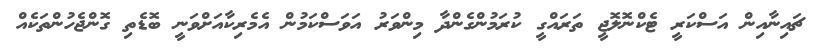
ޗައިނާއިން އަސްކަރީ ޓެކްނޮލޮޖީ ތަރައްގީ ކުރަމުންގެންދާ މިންވަރު އަވަސްކަމުން އެމެރިކާއަށްވަނީ ބޮޑެތި ގޮންޖެހުންތަކެއް